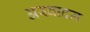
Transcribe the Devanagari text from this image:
अस्वादन